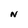
Character: N